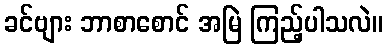
ခင်ဗျား ဘာစာစောင် အမြဲ ကြည့်ပါသလဲ။